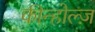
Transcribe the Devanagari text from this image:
कीन्होल्ज़